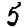
Digit: 5